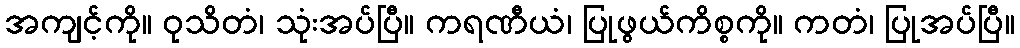
အကျင့်ကို။ ဝုသိတံ၊ သုံးအပ်ပြီ။ ကရဏီယံ၊ ပြုဖွယ်ကိစ္စကို။ ကတံ၊ ပြုအပ်ပြီ။